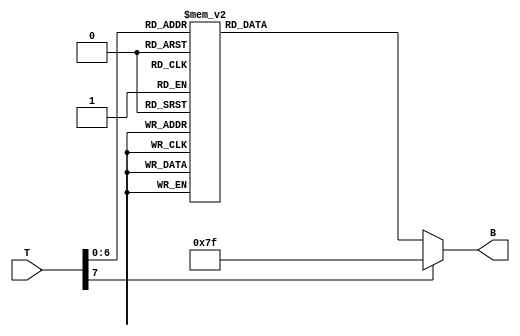
module thermal_encoder (
    input [7:0] T,          // 8-bit temperature input (0C to 100C)
    output reg [6:0] B      // 7-bit binary encoded output
);

// Combinational logic to encode temperature ranges
always @(*) begin
    case (T)
        8'd0  : B = 7'b0000000; // 0C to 10C
        8'd1  : B = 7'b0000000; // 0C to 10C
        8'd2  : B = 7'b0000000; // 0C to 10C
        8'd3  : B = 7'b0000000; // 0C to 10C
        8'd4  : B = 7'b0000000; // 0C to 10C
        8'd5  : B = 7'b0000000; // 0C to 10C
        8'd6  : B = 7'b0000000; // 0C to 10C
        8'd7  : B = 7'b0000000; // 0C to 10C
        8'd8  : B = 7'b0000000; // 0C to 10C
        8'd9  : B = 7'b0000000; // 0C to 10C
        8'd10 : B = 7'b0000000; // 0C to 10C
        8'd11 : B = 7'b0000001; // 11C to 20C
        8'd12 : B = 7'b0000001; // 11C to 20C
        8'd13 : B = 7'b0000001; // 11C to 20C
        8'd14 : B = 7'b0000001; // 11C to 20C
        8'd15 : B = 7'b0000001; // 11C to 20C
        8'd16 : B = 7'b0000001; // 11C to 20C
        8'd17 : B = 7'b0000001; // 11C to 20C
        8'd18 : B = 7'b0000001; // 11C to 20C
        8'd19 : B = 7'b0000001; // 11C to 20C
        8'd20 : B = 7'b0000001; // 11C to 20C
        8'd21 : B = 7'b0000010; // 21C to 30C
        8'd22 : B = 7'b0000010; // 21C to 30C
        8'd23 : B = 7'b0000010; // 21C to 30C
        8'd24 : B = 7'b0000010; // 21C to 30C
        8'd25 : B = 7'b0000010; // 21C to 30C
        8'd26 : B = 7'b0000010; // 21C to 30C
        8'd27 : B = 7'b0000010; // 21C to 30C
        8'd28 : B = 7'b0000010; // 21C to 30C
        8'd29 : B = 7'b0000010; // 21C to 30C
        8'd30 : B = 7'b0000010; // 21C to 30C
        // Continue defining ranges as needed
        // ...
        8'd91 : B = 7'b0001100; // 91C to 100C
        8'd92 : B = 7'b0001100; // 91C to 100C
        8'd93 : B = 7'b0001100; // 91C to 100C
        8'd94 : B = 7'b0001100; // 91C to 100C
        8'd95 : B = 7'b0001100; // 91C to 100C
        8'd96 : B = 7'b0001100; // 91C to 100C
        8'd97 : B = 7'b0001100; // 91C to 100C
        8'd98 : B = 7'b0001100; // 91C to 100C
        8'd99 : B = 7'b0001100; // 91C to 100C
        8'd100: B = 7'b0001100; // 91C to 100C
        default: B = 7'b1111111; // Default case (error code)
    endcase
end

endmodule